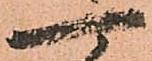
一